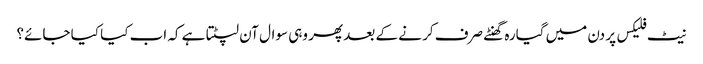
نیٹ فلیکس پر دن میں گیارہ گھنٹے صرف کر نے کے بعد پھر وہی سوال آن لپٹتا ہے کہ اب کیا کیا جائے؟